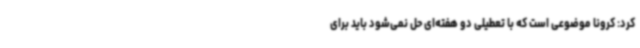
کرد: کرونا موضوعی است که با تعطیلی دو هفته‌ای حل نمی‌شود باید برای